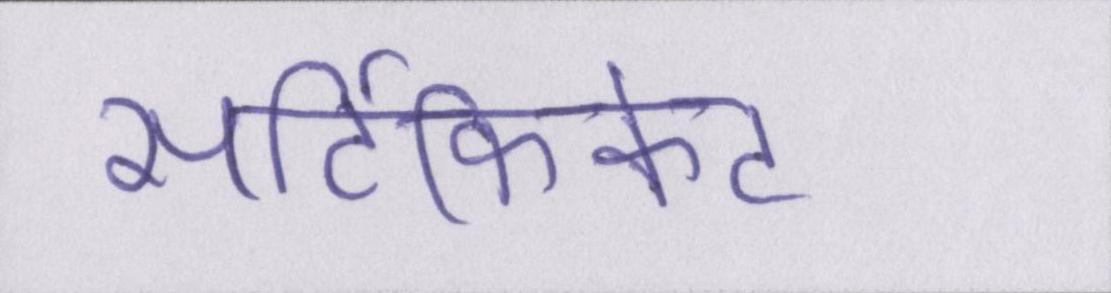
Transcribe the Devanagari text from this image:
सर्टिफिकेट